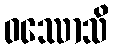
ဝဿောသိ